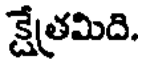
క్షేత్రమిది.